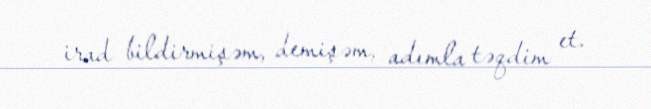
irad bildirmişəm, demişəm, adımla təqdim et.